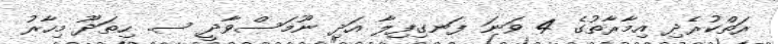
ރަތްކުރެދި އިމާރާތުގެ 4 ވަނަ ފަނގިފިލާ އަދި ނޫމަސްވާދީ ސ. ހިތަދޫ މިހާރު